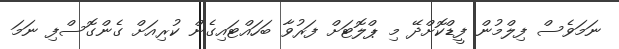
ނަމަވެސް ފިލްމުން ފީޑްކޮށްދޭ މި ޕްލޮޓަށް ފަރުވާ ބަހައްޓައިގެން ކުރިއަށް ގެންގޮސްފި ނަމަ